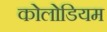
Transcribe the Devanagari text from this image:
कोलोडियम